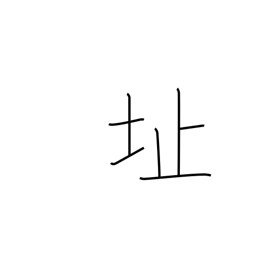
Meaning: ruins